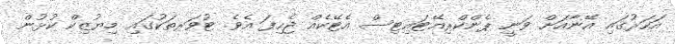
އަހަރުގައި އޭނާއަށް ވަނީ ޕެންކްރިއޭޓައިޓިސް އެޓޭކެއް ޖެހިފަ އެވެ. ޓުވަރތަކުގައި މިޔުޒިކް ކުޅުން